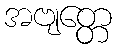
အဗျတ္တေ